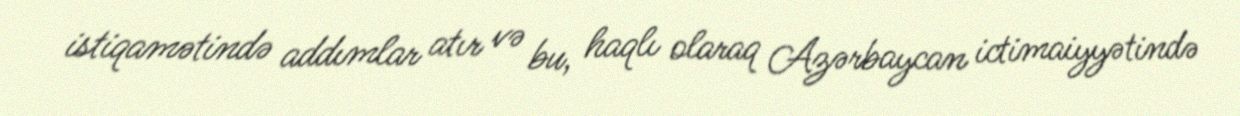
istiqamətində addımlar atır və bu, haqlı olaraq Azərbaycan ictimaiyyətində